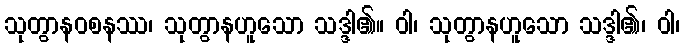
သုတွာနဝစနဿ၊ သုတွာနဟူသော သဒ္ဒါ၏။ ဝါ၊ သုတွာနဟူသော သဒ္ဒါ၏၊ ဝါ၊